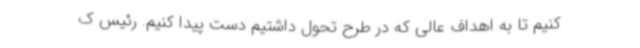
کنیم تا به اهداف عالی که در طرح تحول داشتیم دست پیدا کنیم. رئیس ک